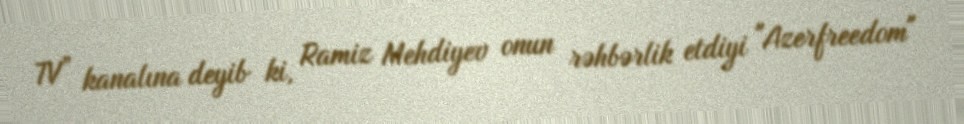
TV” kanalına deyib ki, Ramiz Mehdiyev onun rəhbərlik etdiyi "Azerfreedom"